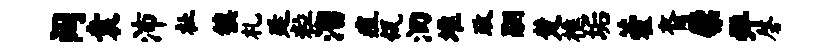
阔袁沛祉镇札廷粒溜疽瓴洄堆政翮楚樵垢藿裔檗弹磬